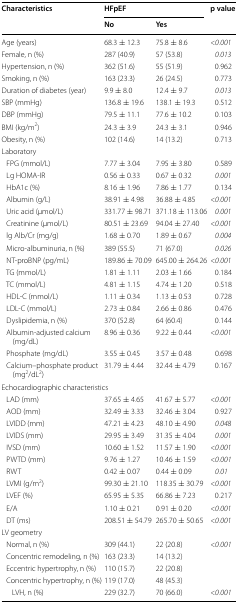
<table><thead><tr><td rowspan="2"><b>Characteristics</b></td><td colspan="2"><b>HFpEF</b></td><td rowspan="2"><b>p value</b></td></tr><tr><td><b>No</b></td><td><b>Yes</b></td></tr></thead><tbody><tr><td>Age (years)</td><td>68.3 ± 12.3</td><td>75.8 ± 8.6</td><td><i>&lt;0.001</i></td></tr><tr><td>Female, n (%)</td><td>287 (40.9)</td><td>57 (53.8)</td><td><i>0.013</i></td></tr><tr><td>Hypertension, n (%)</td><td>362 (51.6)</td><td>55 (51.9)</td><td>0.962</td></tr><tr><td>Smoking, n (%)</td><td>163 (23.3)</td><td>26 (24.5)</td><td>0.773</td></tr><tr><td>Duration of diabetes (year)</td><td>9.9 ± 8.0</td><td>12.4 ± 9.7</td><td><i>0.013</i></td></tr><tr><td>SBP (mmHg)</td><td>136.8 ± 19.6</td><td>138.1 ± 19.3</td><td>0.512</td></tr><tr><td>DBP (mmHg)</td><td>79.5 ± 11.1</td><td>77.6 ± 10.2</td><td>0.103</td></tr><tr><td>BMI (kg/m<sup>2</sup>)</td><td>24.3 ± 3.9</td><td>24.3 ± 3.1</td><td>0.946</td></tr><tr><td>Obesity, n (%)</td><td>102 (14.6)</td><td>14 (13.2)</td><td>0.713</td></tr><tr><td colspan="4">Laboratory</td></tr><tr><td> FPG (mmol/L)</td><td>7.77 ± 3.04</td><td>7.95 ± 3.80</td><td>0.589</td></tr><tr><td> Lg HOMA-IR</td><td>0.56 ± 0.33</td><td>0.67 ± 0.32</td><td><i>0.001</i></td></tr><tr><td> HbA1c (%)</td><td>8.16 ± 1.96</td><td>7.86 ± 1.77</td><td>0.134</td></tr><tr><td> Albumin (g/L)</td><td>38.91 ± 4.98</td><td>36.88 ± 4.85</td><td><i>&lt;0.001</i></td></tr><tr><td> Uric acid (μmol/L)</td><td>331.77 ± 98.71</td><td>371.18 ± 113.06</td><td><i>0.001</i></td></tr><tr><td> Creatinine (μmol/L)</td><td>80.51 ± 23.69</td><td>94.04 ± 27.40</td><td><i>&lt;0.001</i></td></tr><tr><td> lg Alb/Cr (mg/g)</td><td>1.68 ± 0.70</td><td>1.89 ± 0.67</td><td><i>0.004</i></td></tr><tr><td> Micro-albuminuria, n (%)</td><td>389 (55.5)</td><td>71 (67.0)</td><td><i>0.026</i></td></tr><tr><td> NT-proBNP (pg/mL)</td><td>189.86 ± 70.09</td><td>645.00 ± 264.26</td><td><i>&lt;0.001</i></td></tr><tr><td> TG (mmol/L)</td><td>1.81 ± 1.11</td><td>2.03 ± 1.66</td><td>0.184</td></tr><tr><td> TC (mmol/L)</td><td>4.81 ± 1.15</td><td>4.74 ± 1.20</td><td>0.518</td></tr><tr><td> HDL-C (mmol/L)</td><td>1.11 ± 0.34</td><td>1.13 ± 0.53</td><td>0.728</td></tr><tr><td> LDL-C (mmol/L)</td><td>2.73 ± 0.84</td><td>2.66 ± 0.86</td><td>0.476</td></tr><tr><td> Dyslipidemia, n (%)</td><td>370 (52.8)</td><td>64 (60.4)</td><td>0.144</td></tr><tr><td> Albumin-adjusted calcium (mg/dL)</td><td>8.96 ± 0.36</td><td>9.22 ± 0.44</td><td><i>&lt;0.001</i></td></tr><tr><td> Phosphate (mg/dL)</td><td>3.55 ± 0.45</td><td>3.57 ± 0.48</td><td>0.698</td></tr><tr><td> Calcium–phosphate product (mg<sup>2</sup>/dL<sup>2</sup>)</td><td>31.79 ± 4.44</td><td>32.44 ± 4.79</td><td>0.167</td></tr><tr><td colspan="3">Echocardiographic characteristics</td><td></td></tr><tr><td> LAD (mm)</td><td>37.65 ± 4.65</td><td>41.67 ± 5.77</td><td><i>&lt;0.001</i></td></tr><tr><td> AOD (mm)</td><td>32.49 ± 3.33</td><td>32.46 ± 3.04</td><td>0.927</td></tr><tr><td> LVIDD (mm)</td><td>47.21 ± 4.23</td><td>48.10 ± 4.90</td><td><i>0.048</i></td></tr><tr><td> LVIDS (mm)</td><td>29.95 ± 3.49</td><td>31.35 ± 4.04</td><td><i>0.001</i></td></tr><tr><td> IVSD (mm)</td><td>10.60 ± 1.52</td><td>11.57 ± 1.90</td><td><i>&lt;0.001</i></td></tr><tr><td> PWTD (mm)</td><td>9.76 ± 1.27</td><td>10.46 ± 1.59</td><td><i>&lt;0.001</i></td></tr><tr><td> RWT</td><td>0.42 ± 0.07</td><td>0.44 ± 0.09</td><td><i>0.01</i></td></tr><tr><td> LVMI (g/m<sup>2</sup>)</td><td>99.30 ± 21.10</td><td>118.35 ± 30.79</td><td><i>&lt;0.001</i></td></tr><tr><td> LVEF (%)</td><td>65.95 ± 5.35</td><td>66.86 ± 7.23</td><td>0.217</td></tr><tr><td> E/A</td><td>1.10 ± 0.21</td><td>0.91 ± 0.20</td><td><i>&lt;0.001</i></td></tr><tr><td> DT (ms)</td><td>208.51 ± 54.79</td><td>265.70 ± 50.65</td><td><i>&lt;0.001</i></td></tr><tr><td colspan="4">LV geometry</td></tr><tr><td> Normal, n (%)</td><td>309 (44.1)</td><td>22 (20.8)</td><td rowspan="4"><i>&lt;0.001</i></td></tr><tr><td> Concentric remodeling, n (%)</td><td>163 (23.3)</td><td>14 (13.2)</td></tr><tr><td> Eccentric hypertrophy, n (%)</td><td>110 (15.7)</td><td>22 (20.8)</td></tr><tr><td> Concentric hypertrophy, n (%)</td><td>119 (17.0)</td><td>48 (45.3)</td></tr><tr><td>LVH, n (%)</td><td>229 (32.7)</td><td>70 (66.0)</td><td><i>&lt;0.001</i></td></tr></tbody></table>